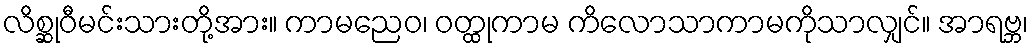
လိစ္ဆုဝီမင်းသားတို့အား။ ကာမညေဝ၊ ဝတ္ထုကာမ ကိလောသာကာမကိုသာလျှင်။ အာရဗ္ဘ၊